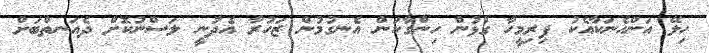
ހިލޭ އަންހެނަކާއެކު ފިރިމީހާ ގުޅުން ހިންގާކަން އެނގުމުން ޒަހުރާ އެދުނީ ލަސްނުކޮށް ދެއަނތްބަށް